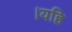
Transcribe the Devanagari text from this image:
।यहि